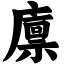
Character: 廪